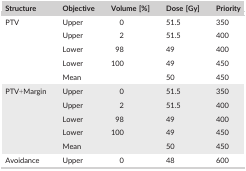
<table><thead><tr><td><b>Structure</b></td><td><b>Objective</b></td><td><b>Volume [%]</b></td><td><b>Dose [Gy]</b></td><td><b>Priority</b></td></tr></thead><tbody><tr><td rowspan="5">PTV</td><td>Upper</td><td>0</td><td>51.5</td><td>350</td></tr><tr><td>Upper</td><td>2</td><td>51.5</td><td>400</td></tr><tr><td>Lower</td><td>98</td><td>49</td><td>400</td></tr><tr><td>Lower</td><td>100</td><td>49</td><td>450</td></tr><tr><td>Mean</td><td></td><td>50</td><td>450</td></tr><tr><td rowspan="5">PTV+Margin</td><td>Upper</td><td>0</td><td>51.5</td><td>350</td></tr><tr><td>Upper</td><td>2</td><td>51.5</td><td>400</td></tr><tr><td>Lower</td><td>98</td><td>49</td><td>400</td></tr><tr><td>Lower</td><td>100</td><td>49</td><td>450</td></tr><tr><td>Mean</td><td></td><td>50</td><td>450</td></tr><tr><td>Avoidance</td><td>Upper</td><td>0</td><td>48</td><td>600</td></tr></tbody></table>